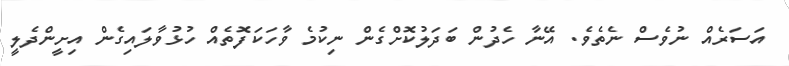
އަސަރެއް ނުވެސް ނެތެވެ. އޭނާ ހެދުން ބަދަލުކޮށްގެން ނިކުމެ ވާހަކަފޮތެއް ހުޅުވާލައިގެން އިށީންދެލީ